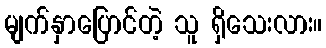
မျက်နှာပြောင်တဲ့ သူ ရှိသေးလား။